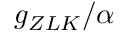
g _ { Z L K } / \alpha